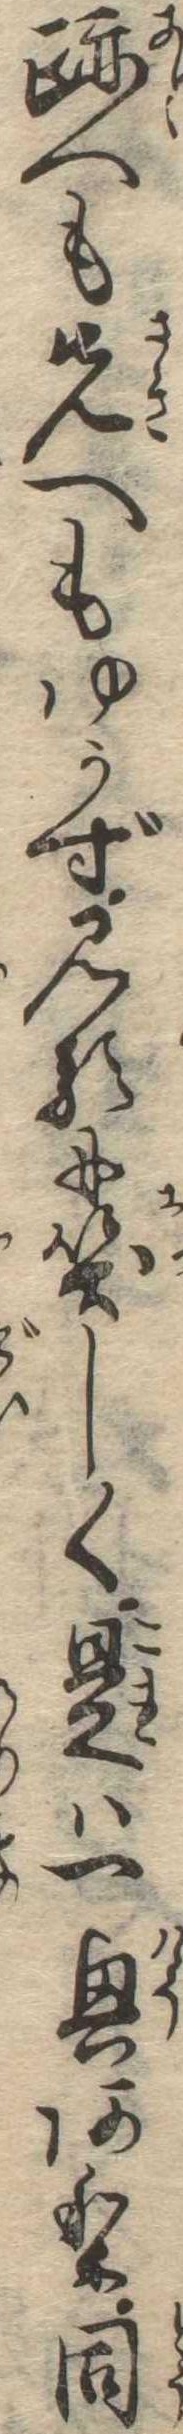
跡へも先へもゆかず見るに笑しく是は一興あり同